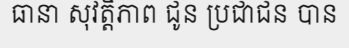
ធានា សុវត្តិភាព ជូន ប្រជាជន បាន